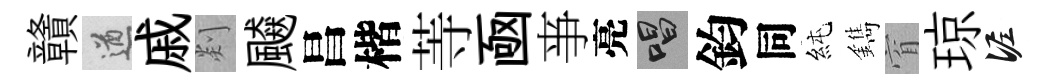
贛遒戚剡飇昌楷䓁凾亊亮唱鈞同純鐫窅琼泥